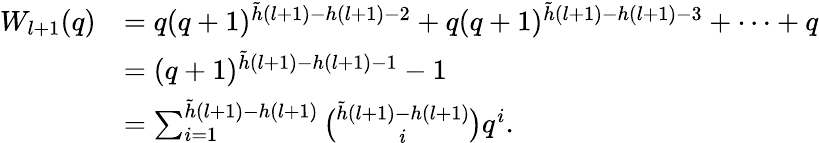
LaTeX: \begin{array}{rl}{W_{l+1}(q)}&{=q(q+1)^{\tilde{h}(l+1)-h(l+1)-2}+q(q+1)^{\tilde{h}(l+1)-h(l+1)-3}+\cdots+q}\\ &{=(q+1)^{\tilde{h}(l+1)-h(l+1)-1}-1}\\ &{=\sum_{i=1}^{\tilde{h}(l+1)-h(l+1)}{\binom{\tilde{h}(l+1)-h(l+1)}{i}}q^{i}.}\end{array}